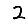
Digit: 2